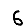
Digit: 6